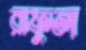
রাফুল